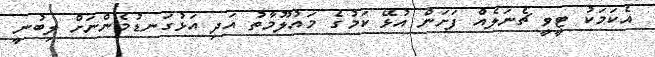
އެކަމަކު ޓީވީ ޗެނަލެއް ފަށަން އުޅޭ ކަމުގެ މައުލޫމާތު އަދި އަޅުގަނޑުމެންނަށް ލިބުނީ